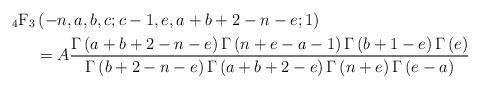
LaTeX: \begin{align*} \displaystyle \mbox{$_4$F$_3$} &\left( -n,a,b,c;c-1,e,a+b+2-n-e;1 \right)\\ & =A{\frac {\Gamma \left( a+b+2-n-e \right) \mbox{}\Gamma \left( n+e-a-1 \right) \Gamma \left( b+1-e \right) \Gamma \left( e \right) }{\Gamma \left( b+2-n-e \right) \Gamma \left( a+b+2-e \right) \Gamma \left( n+e \right) \mbox{}\Gamma \left( e-a \right) }}\end{align*}